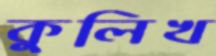
কুলিখ